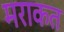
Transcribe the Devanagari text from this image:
मराकत